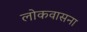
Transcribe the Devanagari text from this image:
लोकवासना